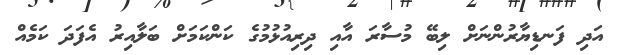
އަދި ފަނޑިޔާރުންނަށް ލިބޭ މުސާރަ އާއި ދިރިއުޅުމުގެ ކަންކަމަށް ބަލާއިރު އެފަދަ ކަމެއް